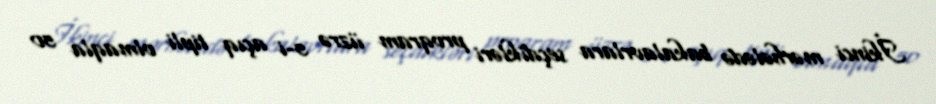
İkinci mərhələdə bakalavrlara seçdikləri proqram üzrə 5-i açıq tipli olmaqla 50